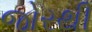
જોરથી